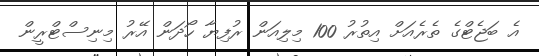
އެ ބަޖެޓްގެ ތެރެއަށް އިތުރު 100 މިލިއަން ރުފިޔާ ހޯދަން އޭރު މިނިސްޓްރީން